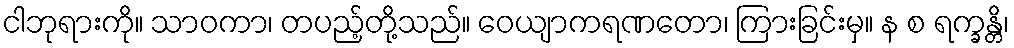
ငါဘုရားကို။ သာဝကာ၊ တပည့်တို့သည်။ ဝေယျာကရဏတော၊ ကြားခြင်းမှ။ န စ ရက္ခန္တိ၊